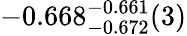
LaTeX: -0.668_{-0.672}^{-0.661}(3)